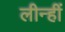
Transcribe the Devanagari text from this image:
लीन्‍हीं